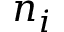
n _ { i }